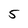
Character: 5